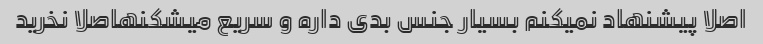
اصلا پیشنهاد نمیکنم بسیار جنس بدی داره و سریع میشکنهاصلا نخرید